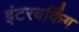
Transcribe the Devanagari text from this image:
इंटरवर्किंग